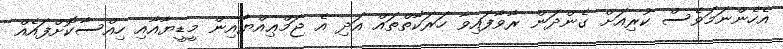
އެހެންނަމަވެސް ކުރިއަށް ގެންދަން ރާވާފައިވާ ހަރަކާތްތައް އަދި އެ ޖަމްޢިއްޔާއިން މީޑީޔާއާއި ހިއްސާކޮށްފައެއް